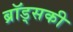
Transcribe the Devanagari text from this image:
ब्रॉड्सकी